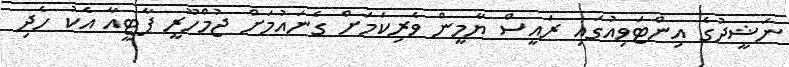
ނަޝީދުގެ އިންޓަވިއުގައި ރައީސް ޔާމީން ވެރިކަމަށް ގެނައުމަށް ޖުމްހޫރީ ޕާޓީއާ އެކު ހެދި